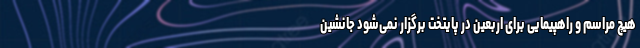
هیچ مراسم و راهپیمایی برای اربعین در پایتخت برگزار نمی‌شود جانشین